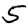
Digit: 5